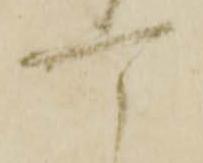
可